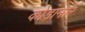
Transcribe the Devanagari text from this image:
कोड़ामार